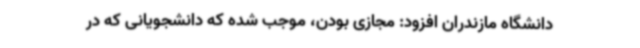
دانشگاه مازندران افزود: مجازی بودن، موجب شده که دانشجویانی که در